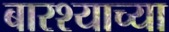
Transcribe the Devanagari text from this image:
बारश्याच्या